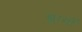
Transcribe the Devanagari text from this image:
ब्लागों